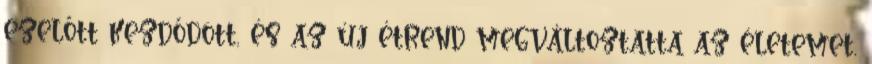
ezelőtt kezdődött, és az új étrend megváltoztatta az életemet.